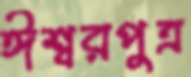
ঈশ্বরপুত্র